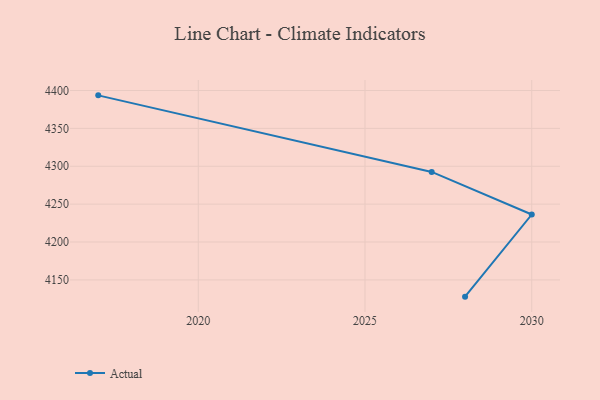
{"axis": {"x": "Year", "y": "Bounce Rate (%)"}, "legend": ["Actual"], "data": [{"x": "2017", "y": 4393.6, "type": "Actual"}, {"x": "2027", "y": 4292.5, "type": "Actual"}, {"x": "2030", "y": 4236.3, "type": "Actual"}, {"x": "2028", "y": 4127.9, "type": "Actual"}]}